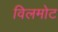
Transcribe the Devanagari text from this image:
विलमोट